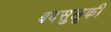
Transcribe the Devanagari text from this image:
बदसुलूकी